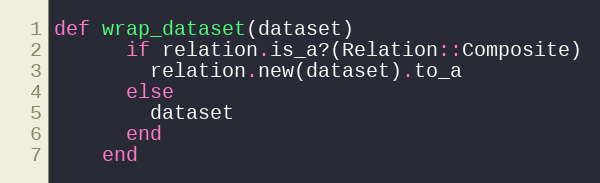
Language: Ruby
def wrap_dataset(dataset)
      if relation.is_a?(Relation::Composite)
        relation.new(dataset).to_a
      else
        dataset
      end
    end